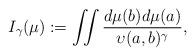
LaTeX: \begin{align*}I_\gamma(\mu):=\iint\frac{d\mu(b)d\mu(a)}{\upsilon(a,b)^\gamma},\end{align*}